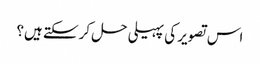
اس تصویر کی پہیلی حل کرسکتے ہیں؟